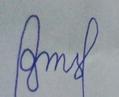
Signature authenticity: forged